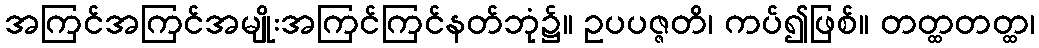
အကြင်အကြင်အမျိုးအကြင်ကြင်နတ်ဘုံ၌။ ဥပပဇ္ဇတိ၊ ကပ်၍ဖြစ်။ တတ္ထတတ္ထ၊